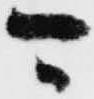
可